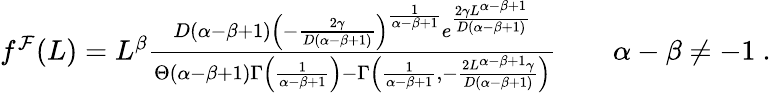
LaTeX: \begin{array}{r}{f^{\mathcal{F}}(L)=L^{\beta}\frac{D(\alpha-\beta+1)\left(-\frac{2\gamma}{D(\alpha-\beta+1)}\right)^{\frac{1}{\alpha-\beta+1}}e^{\frac{2\gamma L^{\alpha-\beta+1}}{D(\alpha-\beta+1)}}}{\Theta(\alpha-\beta+1)\Gamma\left(\frac{1}{\alpha-\beta+1}\right)-\Gamma\left(\frac{1}{\alpha-\beta+1},-\frac{2L^{\alpha-\beta+1}\gamma}{D(\alpha-\beta+1)}\right)}\qquad\alpha-\beta\neq-1\ .}\end{array}